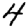
Digit: 4